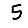
Digit: 5